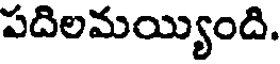
పదిలమయ్యింది.